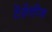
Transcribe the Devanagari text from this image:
टेंडेंसीज